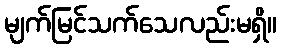
မျက်မြင်သက်သေလည်းမရှိ။